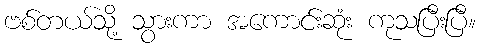
ဗစ်တယ်သို့ သွားကာ အကောင်းဆုံး ကုသပြီးပြီ။